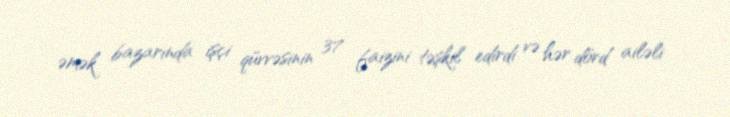
əmək bazarında işçi qüvvəsinin 37 faizini təşkil edirdi və hər dörd ailəli